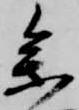
参